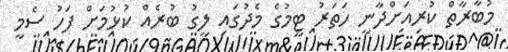
މުބާރާތް ކުރިއަށްދާނީ ހަތަރު ޓީމުގެ މެދުގައި ލީގު ބުރެއް ކުޅުމަށް ފަހު ސެމީ